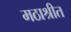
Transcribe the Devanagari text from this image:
मठाश्रीत